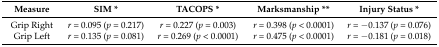
<table><thead><tr><td><b>Measure</b></td><td><b>SIM *</b></td><td><b>TACOPS *</b></td><td><b>Marksmanship **</b></td><td><b>Injury Status *</b></td></tr></thead><tbody><tr><td>Grip Right</td><td><i>r</i> = 0.095 (<i>p</i> = 0.217)</td><td><i>r</i> = 0.227 (<i>p</i> = 0.003)</td><td><i>r</i> = 0.398 (<i>p</i> &lt; 0.0001)</td><td><i>r</i> = −0.137 (<i>p</i> = 0.076)</td></tr><tr><td>Grip Left</td><td><i>r</i> = 0.135 (<i>p</i> = 0.081)</td><td><i>r</i> = 0.269 (<i>p</i> &lt; 0.0001)</td><td><i>r</i> = 0.475 (<i>p</i> &lt; 0.0001)</td><td><i>r</i> = −0.181 (<i>p</i> = 0.018)</td></tr></tbody></table>